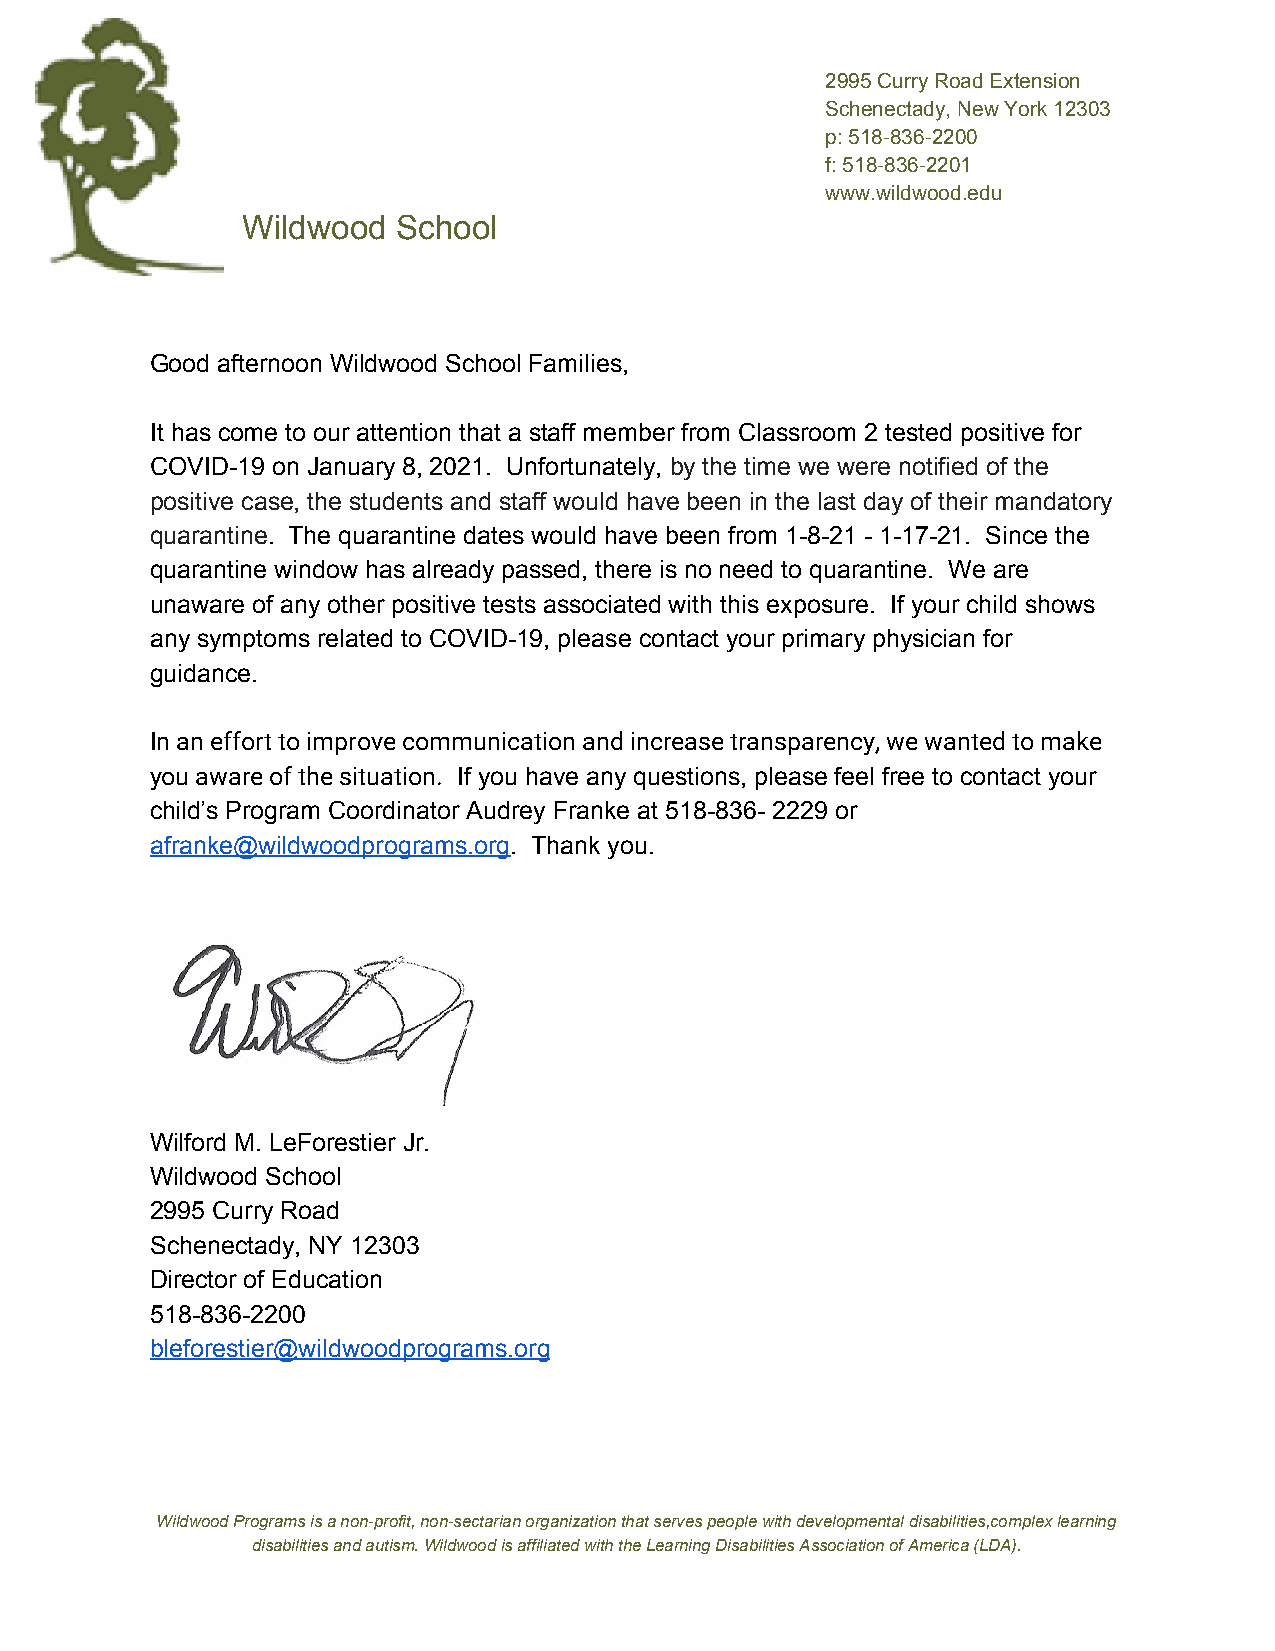
2995 Curry Road Extension
 Schenectady, New York 12303
 p: 518-836-2200
 f: 518-836-2201
 www.wildwood.edu
 Wildwood  School
 Good afternoon Wildwood School Families,
 It has come to our attention that a staff member from Classroom 2 tested positive for
 COVID-19 on January 8, 2021. Unfortunately, by the time we were notified of the
 ​
 positive case, the students and staff would have been in the last day of their mandatory
 quarantine. The quarantine dates would have been from 1-8-21 - 1-17-21. Since the
 ​
 quarantine window has already passed, there is no need to quarantine. We are
 unaware of any other positive tests associated with this exposure. If your child shows
 any symptoms related to COVID-19, please contact your primary physician for
 guidance.
 In an effort to improve communication and increase transparency, we wanted to make
 you aware of the situation.​ If you have any questions, please feel free to contact your
 child’s Program Coordinator Audrey Franke at 518-836- 2229 or
 afranke@wildwoodprograms.org. Thank you.
 ​
 Wilford M. LeForestier Jr.
 Wildwood School
 2995 Curry Road
 Schenectady, NY 12303
 Director of Education
 518-836-2200
 bleforestier@wildwoodprograms.org
 Wildwood Programs is a non-profit, non-sectarian organization that serves people with developmental disabilities,complex learning
 disabilities and autism. Wildwood is affiliated with the Learning Disabilities Association of America (LDA).